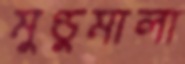
মুণ্ডুমালা